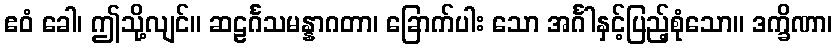
ဧဝံ ခေါ၊ ဤသို့လျင်။ ဆဠင်္ဂသမန္နာဂတာ၊ ခြောက်ပါး သော အင်္ဂါနှင့်ပြည့်စုံသော။ ဒက္ခိဏာ၊